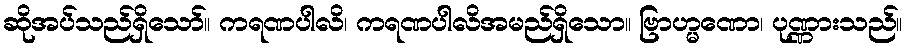
ဆိုအပ်သည်ရှိသော်။ ကရဏပါလိ၊ ကရဏပါလိအမည်ရှိသော။ ဗြာဟ္မဏော၊ ပုဏ္ဏားသည်။